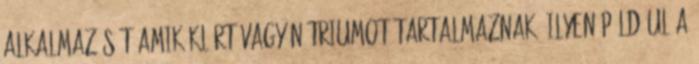
alkalmazását amik klórt vagy nátriumot tartalmaznak. Ilyen például a